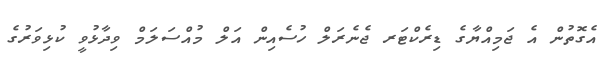
އެގޮތުން އެ ޖަމިއްޔާގެ ޑިރެކްޓަރ ޖެނެރަލް ހުސެއިން އަލް މުއްސަލަމް ވިދާޅުވީ ކުޅިވަރުގެ